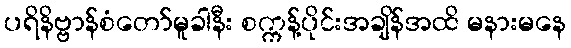
ပရိနိဗ္ဗာန်စံတော်မူခါနီး စက္ကန့်ပိုင်းအချိန်အထိ မနားမနေ